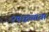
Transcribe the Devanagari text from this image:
२परद्रव्याचा